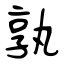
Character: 孰